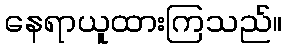
နေရာယူထားကြသည်။